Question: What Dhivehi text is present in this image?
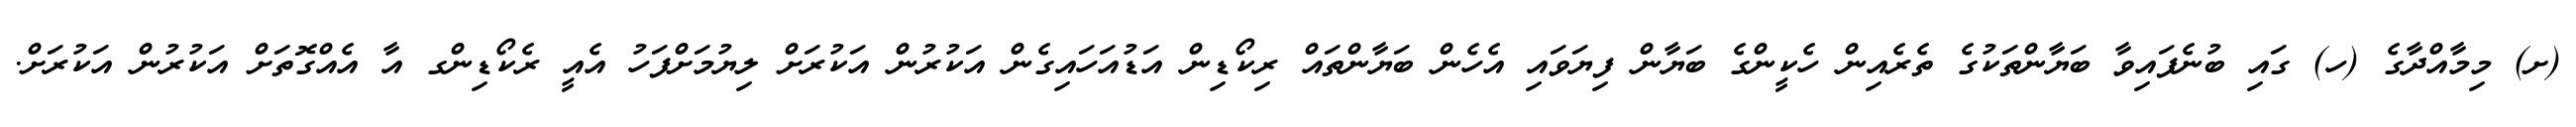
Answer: (ށ) މިމާއްދާގެ (ހ) ގައި ބުނެފައިވާ ބަޔާންތަކުގެ ތެރެއިން ހެކީންގެ ބަޔާން ފިޔަވައި އެހެން ބަޔާންތައް ރިކޯޑިން އަޑުއަހައިގެން އަކުރުން އަކުރަށް ލިޔުމަށްފަހު އެއީ ރެކޯޑިންގ އާ އެއްގޮތަށް އަކުރުން އަކުރަށް.